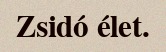
Zsidó élet.